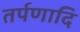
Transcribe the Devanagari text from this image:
तर्पणादि